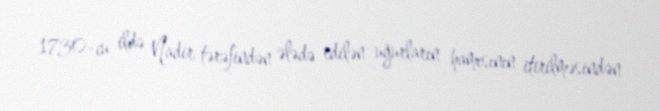
1730-cu ildə Nadir tərəfindən ələdə edilən uğurların hamısının itirilməsindən